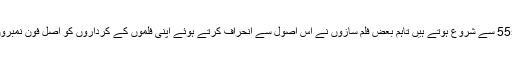
امریکی فلموں کے کرداروں کے ٹیلی فون نمبر 555 سے شروع ہوتے ہیں تاہم بعض فلم سازوں نے اس اصول سے انحراف کرتے ہوئے اپنی فلموں کے کرداروں کو اصل فون نمبروں سے مماثل فون نمبر استعمال کرتے دکھایا ہے۔